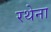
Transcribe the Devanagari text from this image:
रथेना